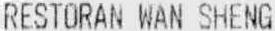
RESTORAN WAN SHENG